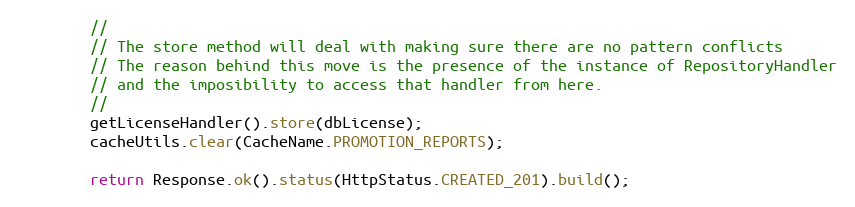
Language: Java
        //
        // The store method will deal with making sure there are no pattern conflicts
        // The reason behind this move is the presence of the instance of RepositoryHandler
        // and the imposibility to access that handler from here.
        //
        getLicenseHandler().store(dbLicense);
        cacheUtils.clear(CacheName.PROMOTION_REPORTS);

		return Response.ok().status(HttpStatus.CREATED_201).build();